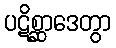
ပဋိစ္ဆာဒေတွာ